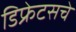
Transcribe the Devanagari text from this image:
डिफ्रेटसचे